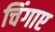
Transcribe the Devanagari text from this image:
चिंगाए